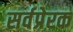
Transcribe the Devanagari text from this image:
सर्वप्रेरक